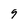
Character: 9